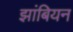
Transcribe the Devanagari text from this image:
झांबियन